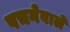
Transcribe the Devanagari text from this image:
पचनेवाले